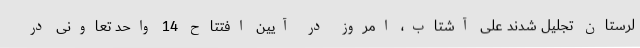
لرستان تجلیل شدند علی آشتاب، امروز در آیین افتتاح 14 واحد تعاونی در